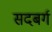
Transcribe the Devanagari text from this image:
सदबर्ग